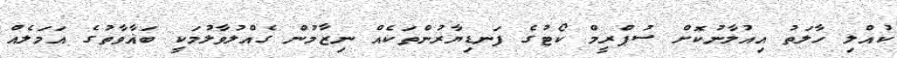
ކުއްލި ހާލަތު އިއުލާނުކޮށް ސުޕްރީމް ކޯޓުގެ ފަނޑިޔާރުންތަކެއް ނިޒާމުން ގެއްލުވާލުމަކީ ބަޣާވާތުގެ އަމަލެއް